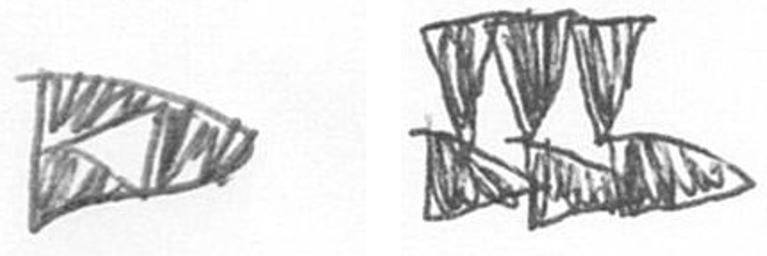
K D